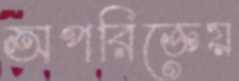
অপরিজ্ঞেয়